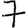
Digit: 7